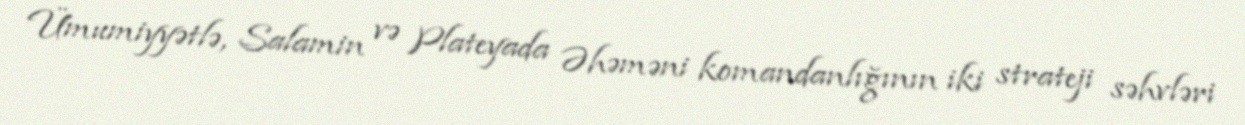
Ümumiyyətlə, Salamin və Plateyada Əhəməni komandanlığının iki strateji səhvləri